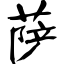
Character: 萨